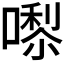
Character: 𭊵